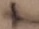
Text: +